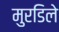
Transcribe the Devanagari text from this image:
मुरडिले